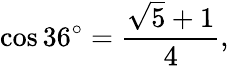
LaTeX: \cos 36^{\circ}={\frac{{\sqrt{5}}+1}{4}},